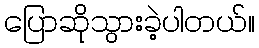
ပြောဆိုသွားခဲ့ပါတယ်။